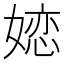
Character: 𱙥